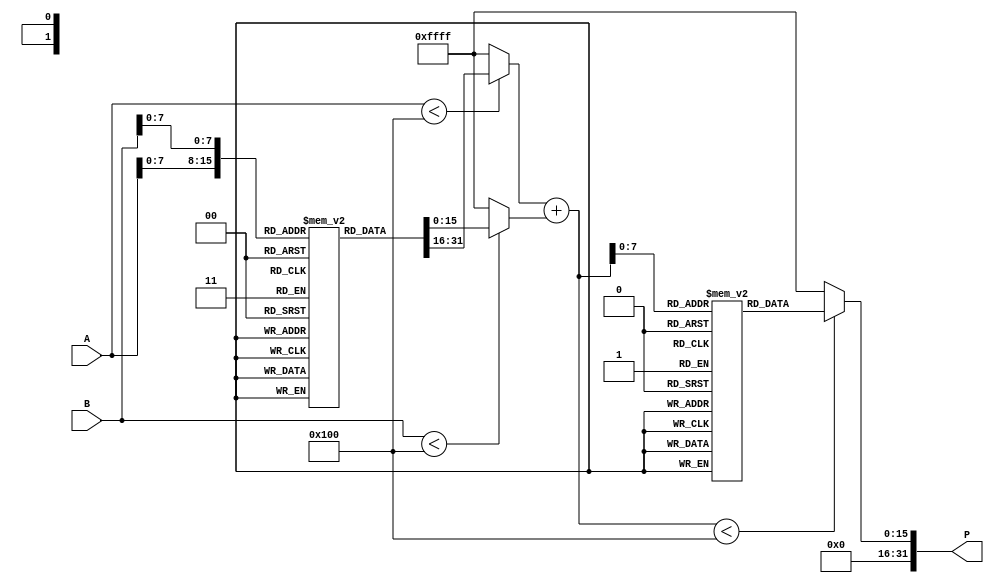
module LogarithmicMultiplier (
    input [15:0] A,  // Input A
    input [15:0] B,  // Input B
    output [31:0] P  // Output Product
);

    // Parameters for the logarithmic LUT (example values)
    parameter LUT_SIZE = 256;
    reg [15:0] log_LUT [0:LUT_SIZE-1]; // Logarithm lookup table
    reg [15:0] exp_LUT [0:LUT_SIZE-1]; // Exponential lookup table

    // Initialize the LUTs (this should be done in a separate initialization block)
    initial begin
        // Fill log_LUT with logarithmic values
        // Fill exp_LUT with exponential values
        // For simplicity, these values are not shown here. You would need to compute them based on your data format.
    end

    // Logarithmic conversion using LUT
    function [15:0] log_convert(input [15:0] value);
        begin
            if (value < LUT_SIZE)
                log_convert = log_LUT[value];
            else
                log_convert = 16'hFFFF; // Handle out-of-bounds
        end
    endfunction

    // Exponential conversion using LUT
    function [15:0] exp_convert(input [15:0] value);
        begin
            if (value < LUT_SIZE)
                exp_convert = exp_LUT[value];
            else
                exp_convert = 16'hFFFF; // Handle out-of-bounds
        end
    endfunction

    // Intermediate signals
    wire [15:0] log_A;
    wire [15:0] log_B;
    wire [15:0] log_sum;
    wire [15:0] product_log;

    // Logarithmic conversion
    assign log_A = log_convert(A);
    assign log_B = log_convert(B);

    // Addition of logarithmic values
    assign log_sum = log_A + log_B;

    // Exponential conversion to get the product
    assign product_log = exp_convert(log_sum);

    // Final output assignment
    assign P = product_log;

endmodule